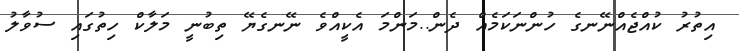
އިތުރު ކުއްޖެއްނޭނގެ ހުންނަކަމެއް ދެން..މަންމަ އެކީއްވެ ނޭނގެޔޭ ތިބުނީ މަލާކް ހިތުގައި ސުވާލު